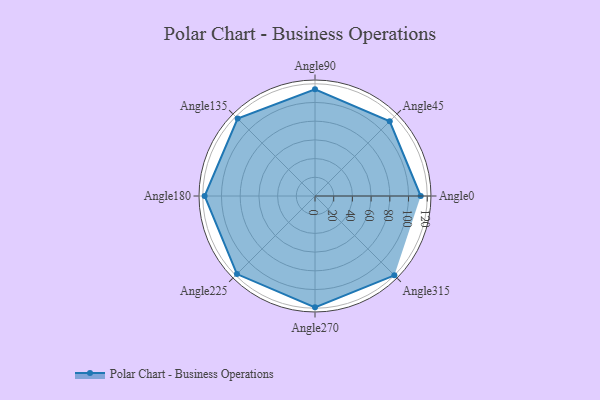
{"axis": {"x": "Angle", "y": "Radius"}, "legend": [""], "data": [{"x": "Angle0", "y": 113.0, "type": ""}, {"x": "Angle45", "y": 113.0, "type": ""}, {"x": "Angle90", "y": 114.0, "type": ""}, {"x": "Angle135", "y": 117.0, "type": ""}, {"x": "Angle180", "y": 118.0, "type": ""}, {"x": "Angle225", "y": 118.0, "type": ""}, {"x": "Angle270", "y": 119.0, "type": ""}, {"x": "Angle315", "y": 120.0, "type": ""}]}